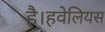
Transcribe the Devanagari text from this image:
है।हवेलियस